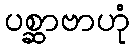
ပစ္ဆာဗာဟုံ